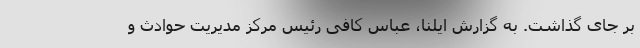
بر جای گذاشت. به گزارش ایلنا، عباس کافی رئیس مرکز مدیریت حوادث و